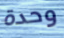
وحدة